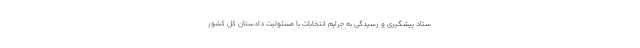
ستاد پیشگیری و رسیدگی به جرایم انتخابات با مسئولیت دادستان کل کشور